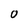
Character: O